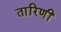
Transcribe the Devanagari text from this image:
तारिणीं